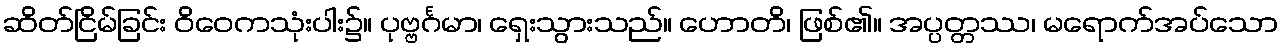
ဆိတ်ငြိမ်ခြင်း ဝိဝေကသုံးပါး၌။ ပုဗ္ဗင်္ဂမာ၊ ရှေးသွားသည်။ ဟောတိ၊ ဖြစ်၏။ အပ္ပတ္တဿ၊ မရောက်အပ်သော